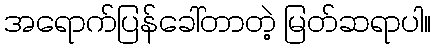
အရောက်ပြန်ခေါ်တာတဲ့ မြတ်ဆရာပါ။